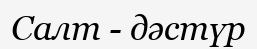
Салт - дәстүр